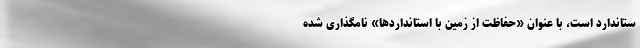
ستاندارد است، با عنوان «حفاظت از زمین با استانداردها» نامگذاری شده